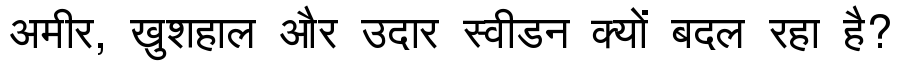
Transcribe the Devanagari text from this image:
अमीर, खुशहाल और उदार स्वीडन क्यों बदल रहा है?